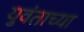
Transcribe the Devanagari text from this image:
युवंताच्या